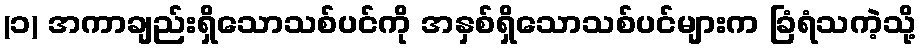
(၁) အကာချည်းရှိသောသစ်ပင်ကို အနှစ်ရှိသောသစ်ပင်များက ခြံရံသကဲ့သို့